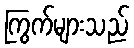
ကြွက်များသည်